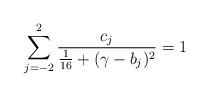
LaTeX: \begin{align*}\sum_{j=-2}^2 \frac{c_j}{\frac{1}{16}+(\gamma-b_j)^2} = 1\end{align*}